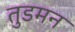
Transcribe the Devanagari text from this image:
तुडमन